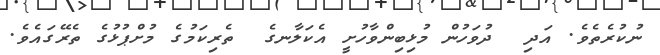
ނުކުރެތެވެ. އަދި  ދުވަހުން މުޅިބިންވާހުށީ އެކަލާނގެ  ތެރިކަމުގެ މުށްޕުޅުގެ ތެރޭގައެވެ.